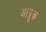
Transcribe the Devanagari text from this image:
आप्रुक